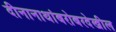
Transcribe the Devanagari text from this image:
दीनानाथांबरोबरदेखील